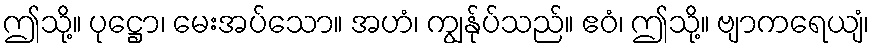
ဤသို့။ ပုဋ္ဌော၊ မေးအပ်သော။ အဟံ၊ ကျွန်ုပ်သည်။ ဧဝံ၊ ဤသို့။ ဗျာကရေယျံ၊